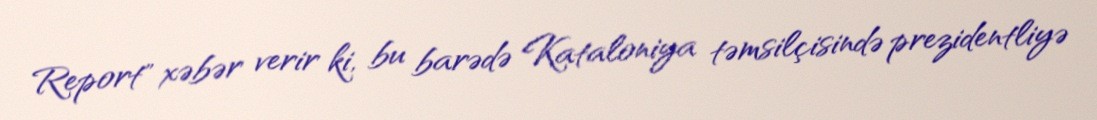
Report" xəbər verir ki, bu barədə Kataloniya təmsilçisində prezidentliyə